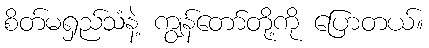
စိတ်မရှည်သံနဲ့ ကျွန်တော်တို့ကို ပြောတယ်။